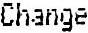
CHANGE